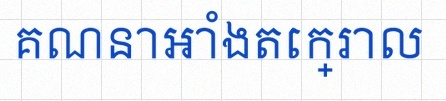
គណនាអាំងតេក្រាល